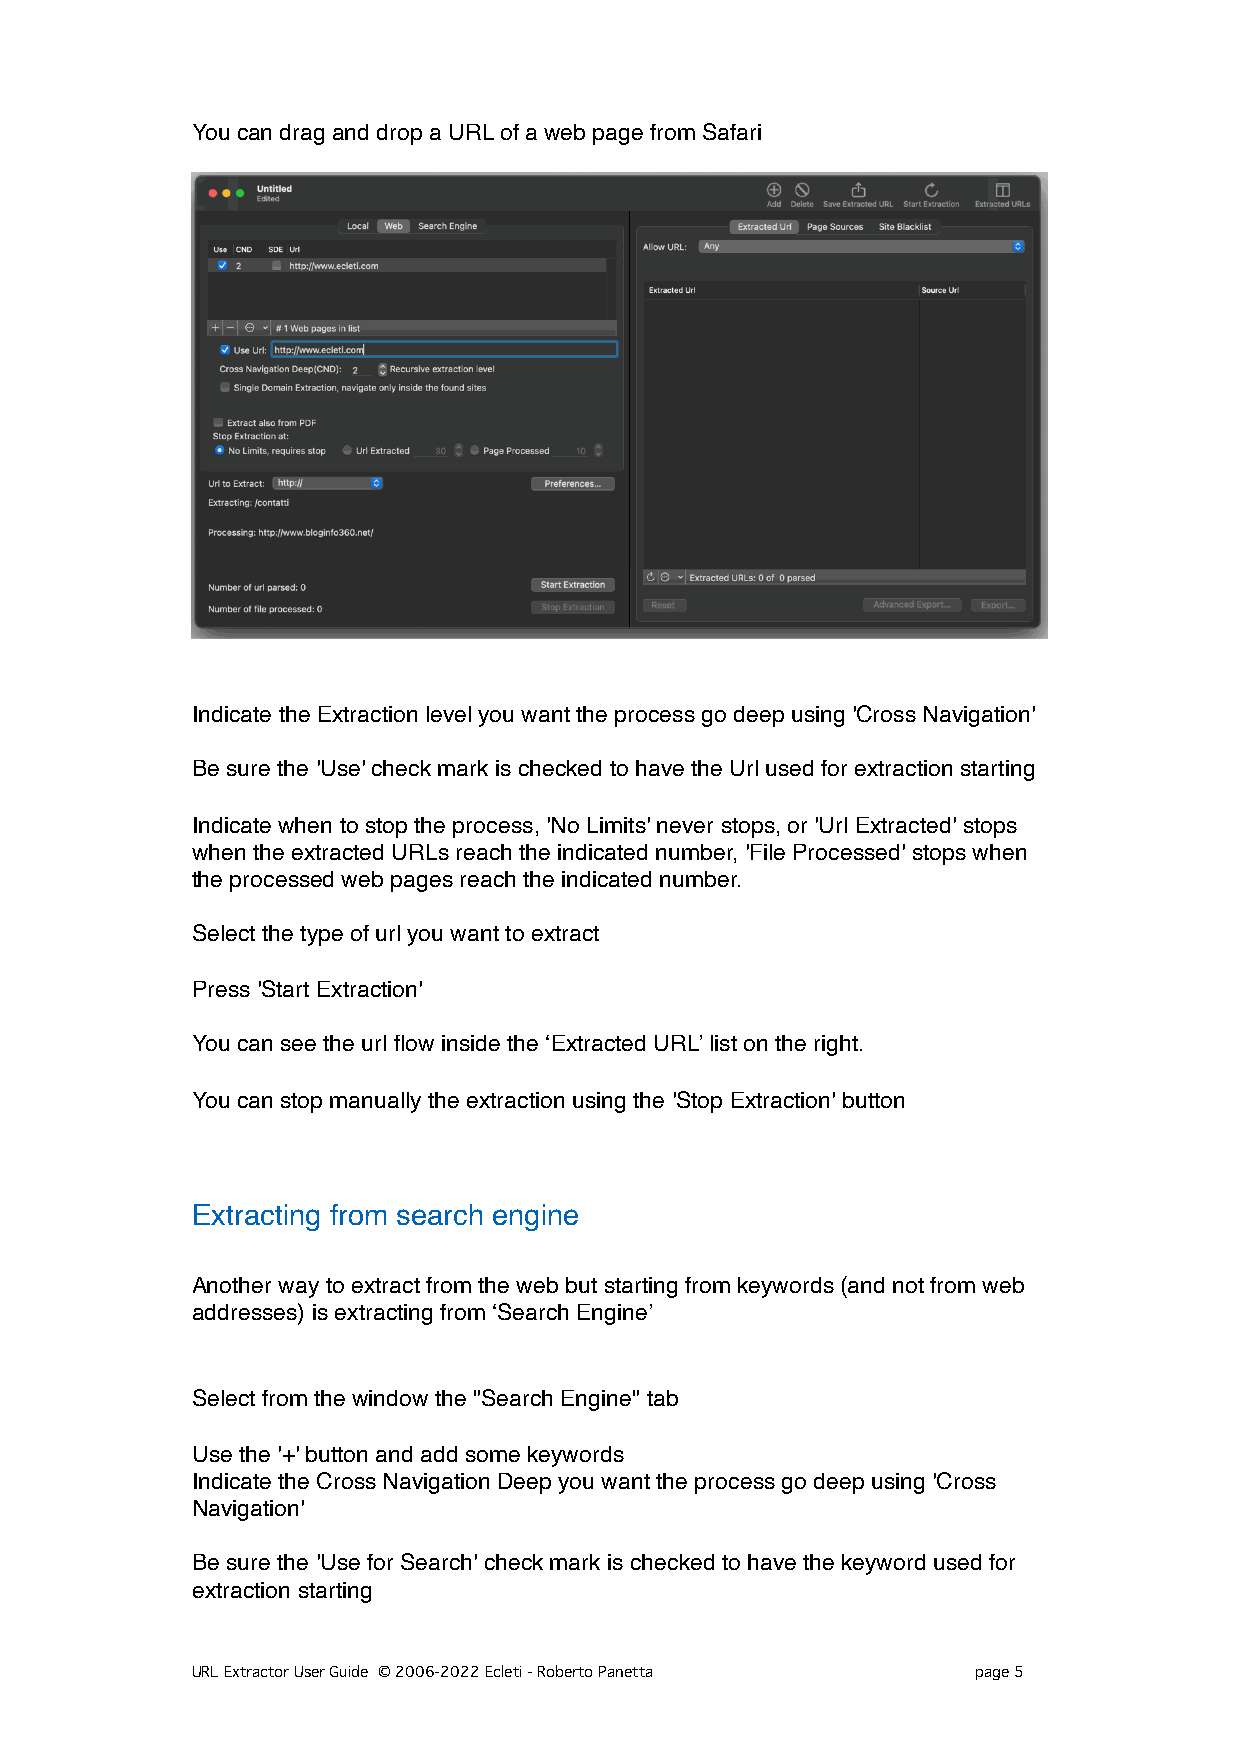
You can drag and drop a URL of a web page from Safari
 Indicate the Extraction level you want the process go deep using 'Cross Navigation'
 Be sure the 'Use' check mark is checked to have the Url used for extraction starting
 Indicate when to stop the process, 'No Limits' never stops, or 'Url Extracted' stops
 when the extracted URLs reach the indicated number, 'File Processed' stops when
 the processed web pages reach the indicated number.
 Select the type of url you want to extract
 Press 'Start Extraction'
 You can see the url flow inside the ‘Extracted URL’ list on the right.
 You can stop manually the extraction using the 'Stop Extraction' button
 Extracting from search engine
 Another way to extract from the web but starting from keywords (and not from web
 addresses) is extracting from ‘Search Engine’
 Select from the window the "Search Engine" tab
 Use the '+' button and add some keywords
 Indicate the Cross Navigation Deep you want the process go deep using 'Cross
 Navigation'
 Be sure the 'Use for Search' check mark is checked to have the keyword used for
 extraction starting
 URL Extractor User Guide © 2006-2022 Ecleti - Roberto Panetta page 5